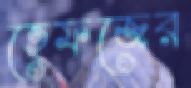
হেফজের